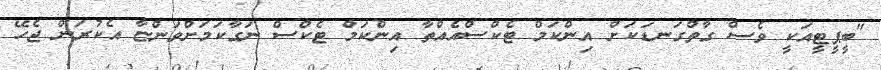
"ބީޕީޓީއަކީ ވެސް ގާތްގަނޑަކަށް އިންކަމް ޓެކްސްއެއްތާ އިންކަމް ޓެކްސް ނަގާކަމަށްވަންޏާ އެކުރަން ޖެހޭ